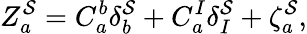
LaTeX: Z_{a}^{\mathcal{S}}=C_{a}^{b}\delta_{b}^{\mathcal{S}}+C_{a}^{I}\delta_{I}^{\mathcal{S}}+\zeta_{a}^{\mathcal{S}},